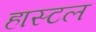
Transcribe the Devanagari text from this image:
हास्टल